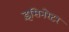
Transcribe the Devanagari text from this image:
इंसिनरेटर